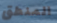
المنطق